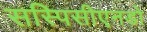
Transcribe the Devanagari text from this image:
सस्पिसीएनडो